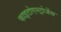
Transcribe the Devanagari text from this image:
फाइटोएस्ट्रोजेंस